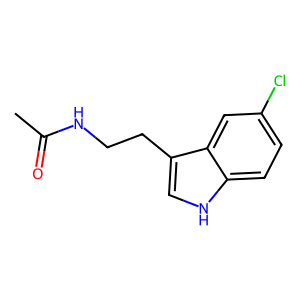
SMILES: CC(=O)NCCc1c[nH]c2ccc(Cl)cc12
Inhibits HIV replication: No